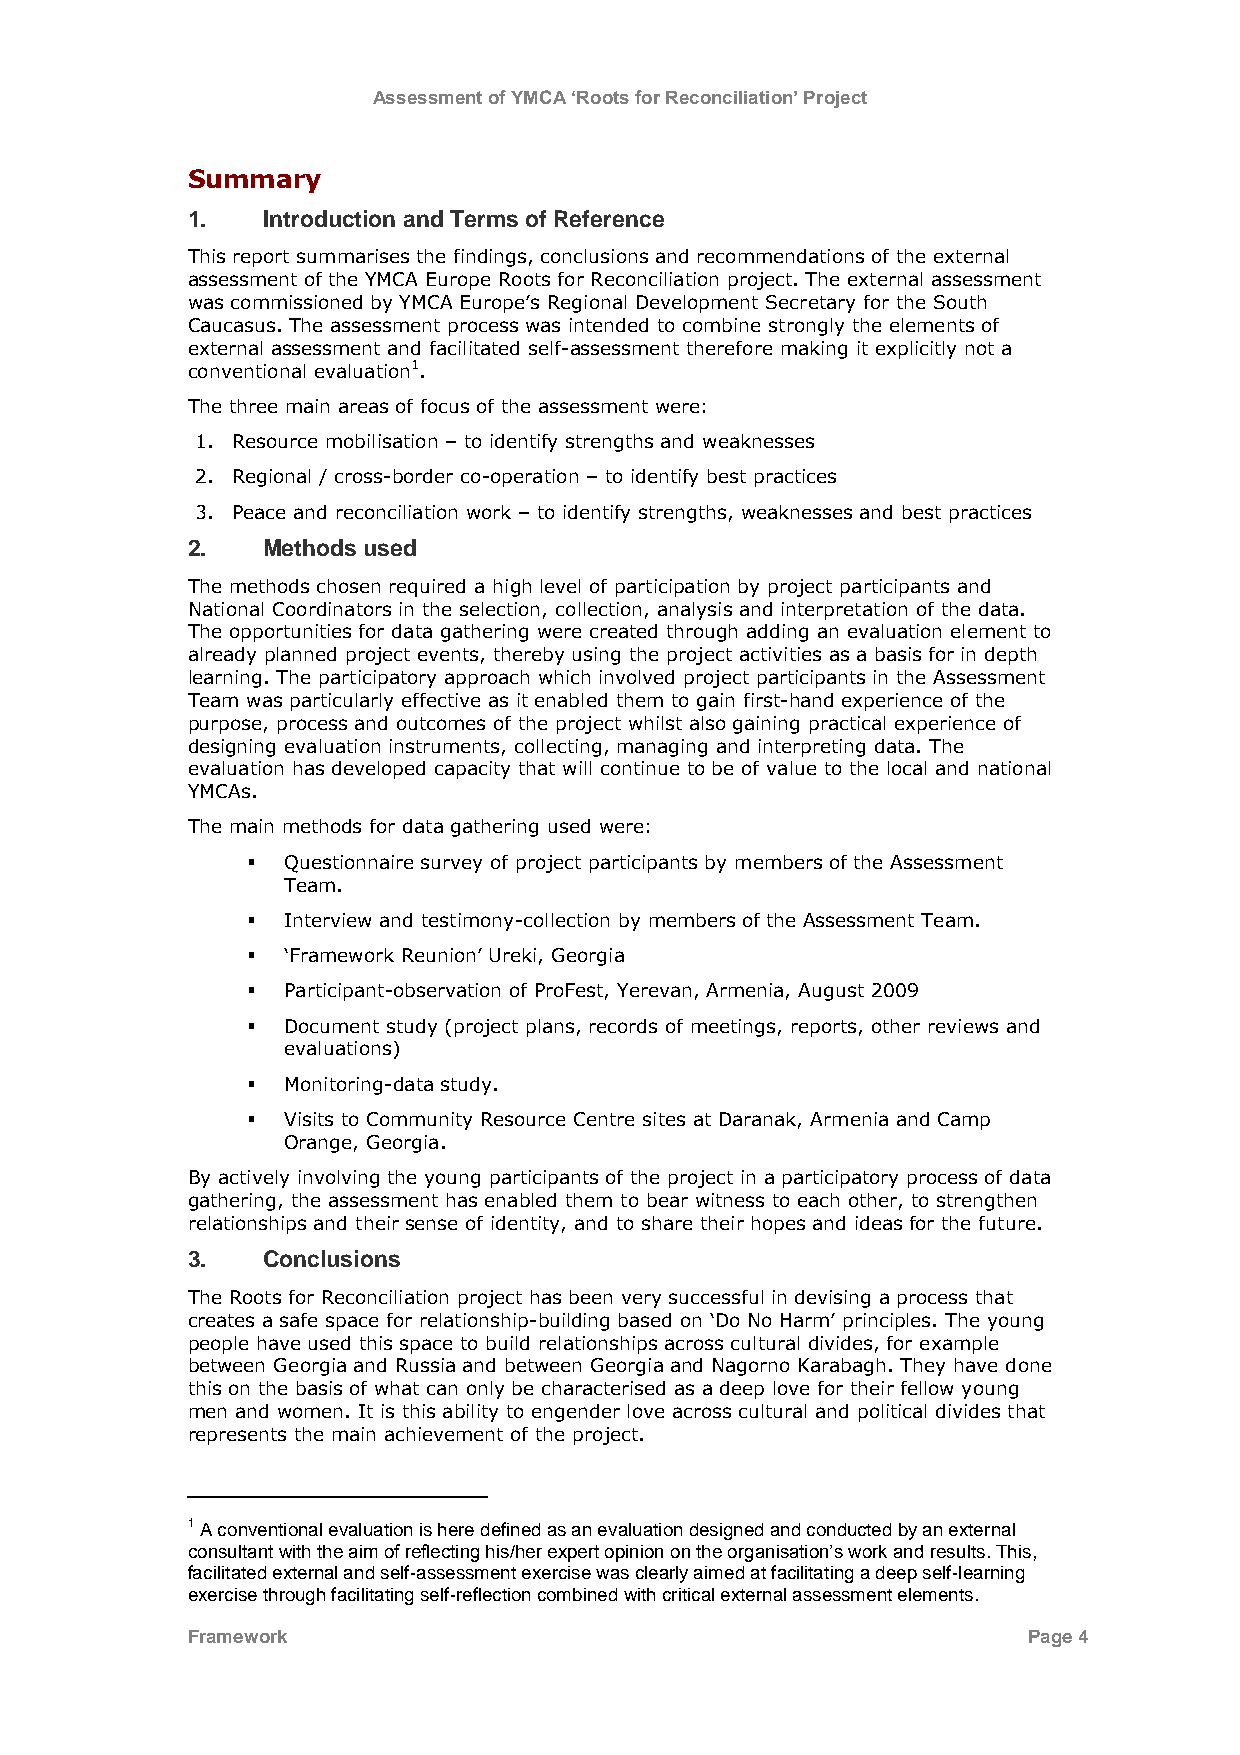
Assessment of YMCA ‘Roots for Reconciliation’ Project
 Summary
 1.   Introduction and Terms of Reference
 This report summarises the findings, conclusions and recommendations of the external
 assessment of the YMCA Europe Roots for Reconciliation project. The external assessment
 was commissioned by YMCA Europe‟s Regional Development Secretary for the South
 Caucasus. The assessment process was intended to combine strongly the elements of
 external assessment and facilitated self-assessment therefore making it explicitly not a
 conventional evaluation1.
 The three main areas of focus of the assessment were:
 1. Resource mobilisation – to identify strengths and weaknesses
 2. Regional / cross-border co-operation – to identify best practices
 3. Peace and reconciliation work – to identify strengths, weaknesses and best practices
 2.   Methods used
 The methods chosen required a high level of participation by project participants and
 National Coordinators in the selection, collection, analysis and interpretation of the data.
 The opportunities for data gathering were created through adding an evaluation element to
 already planned project events, thereby using the project activities as a basis for in depth
 learning. The participatory approach which involved project participants in the Assessment
 Team was particularly effective as it enabled them to gain first-hand experience of the
 purpose, process and outcomes of the project whilst also gaining practical experience of
 designing evaluation instruments, collecting, managing and interpreting data. The
 evaluation has developed capacity that will continue to be of value to the local and national
 YMCAs.
 The main methods for data gathering used were:
   Questionnaire survey of project participants by members of the Assessment
 Team.
   Interview and testimony-collection by members of the Assessment Team.
   „Framework Reunion‟ Ureki, Georgia
   Participant-observation of ProFest, Yerevan, Armenia, August 2009
   Document study (project plans, records of meetings, reports, other reviews and
 evaluations)
   Monitoring-data study.
   Visits to Community Resource Centre sites at Daranak, Armenia and Camp
 Orange, Georgia.
 By actively involving the young participants of the project in a participatory process of data
 gathering, the assessment has enabled them to bear witness to each other, to strengthen
 relationships and their sense of identity, and to share their hopes and ideas for the future.
 3.   Conclusions
 The Roots for Reconciliation project has been very successful in devising a process that
 creates a safe space for relationship-building based on „Do No Harm‟ principles. The young
 people have used this space to build relationships across cultural divides, for example
 between Georgia and Russia and between Georgia and Nagorno Karabagh. They have done
 this on the basis of what can only be characterised as a deep love for their fellow young
 men and women. It is this ability to engender love across cultural and political divides that
 represents the main achievement of the project.
 1 A conventional evaluation is here defined as an evaluation designed and conducted by an external
 consultant with the aim of reflecting his/her expert opinion on the organisation‟s work and results. This,
 facilitated external and self-assessment exercise was clearly aimed at facilitating a deep self-learning
 exercise through facilitating self-reflection combined with critical external assessment elements.
 Framework                                               Page 4